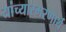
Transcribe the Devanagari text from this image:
यांच्यास्मरणार्थ